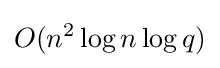
O(n^{2}\log n\log q)